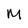
Character: M